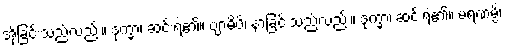
အိုခြင်းသည်လည်း။ ဒုက္ခာ၊ ဆင်းရဲ၏။ ဗျာဓိပိ၊ နာခြင်းသည်လည်း။ ဒုက္ခာ၊ ဆင်းရဲ၏။ မရဏမ္ပိ၊